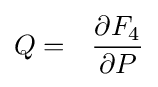
Q=~~{\frac {\partial F_{4}}{\partial P}}\,\!